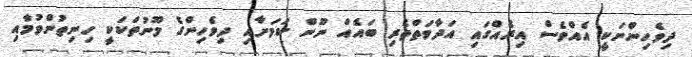
ދިވެހިންނަކީ އެއްވެސް އިރެއްގައި އަދާވަތްތެރި ބައެއް ނޫން ކަމަށާއި ދިވެހިންގެ މޫނުތަކަކީ ހިނިތުންވުމާއި